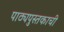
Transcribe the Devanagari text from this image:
पाठ्यपुस्तकाची